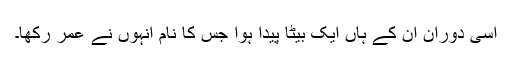
اسی دوران ان کے ہاں ایک بیٹا پیدا ہوا جس کا نام انہوں نے عمر رکھا۔